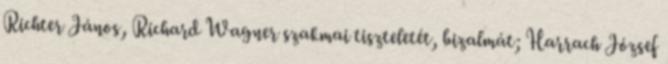
Richter János, Richard Wagner szakmai tiszteletét, bizalmát; Harrach József